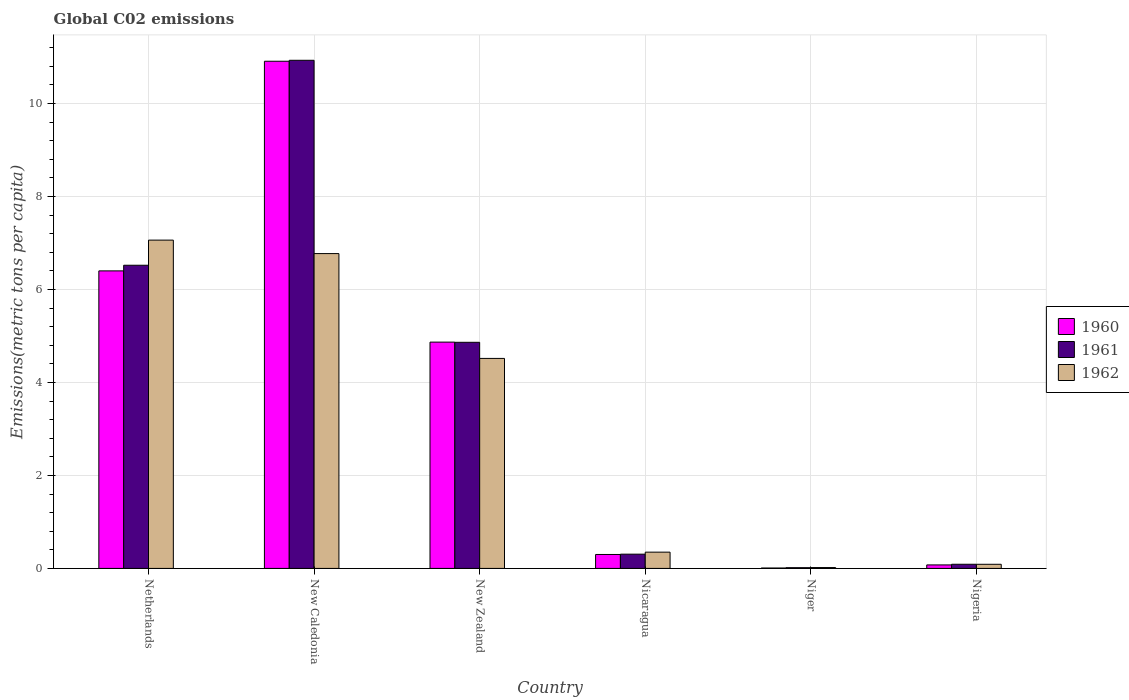
| Country | 1960 | 1961 | 1962 |
 | --- | --- | --- | --- |
 | Netherlands | 6.4 | 6.52 | 7.06 |
 | New Caledonia | 10.9 | 10.9 | 6.77 |
 | New Zealand | 4.87 | 4.86 | 4.52 |
 | Nicaragua | 0.3 | 0.307 | 0.35 |
 | Niger | 0.00864 | 0.0157 | 0.0184 |
 | Nigeria | 0.0753 | 0.0892 | 0.0887 |